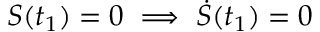
S ( t _ { 1 } ) = 0 \implies \dot { S } ( t _ { 1 } ) = 0